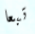
تبعا